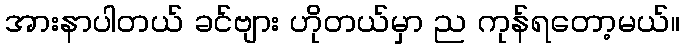
အားနာပါတယ် ခင်ဗျား ဟိုတယ်မှာ ည ကုန်ရတော့မယ်။